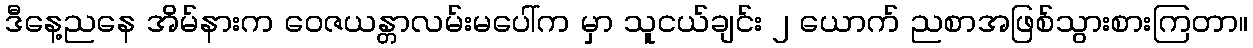
ဒီနေ့ညနေ အိမ်နားက ဝေဇယန္တာလမ်းမပေါ်က မှာ သူငယ်ချင်း ၂ ယောက် ညစာအဖြစ်သွားစားကြတာ။